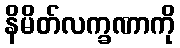
နိမိတ်လက္ခဏာကို